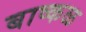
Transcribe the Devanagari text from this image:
बाष्कळ